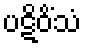
ပဋိဝိံသံ